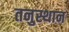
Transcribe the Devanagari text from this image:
तनुस्थान